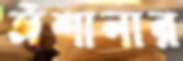
ঈশানার